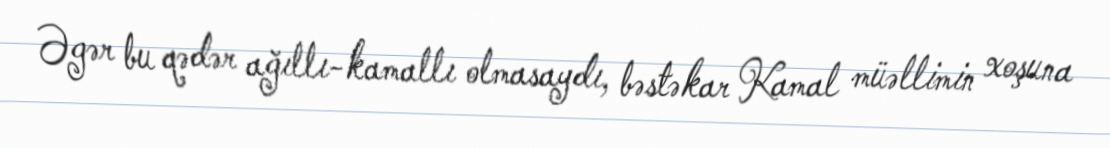
Əgər bu qədər ağıllı-kamallı olmasaydı, bəstəkar Kamal müəllimin xoşuna